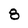
Character: 8